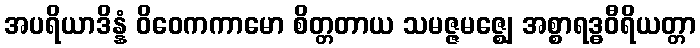
အပရိယာဒိန္နံ ဝိဝေကကာမော စိတ္တတာယ သမဇ္ဇမဇ္ဈေ အစ္စာရဒ္ဓဝီရိယတ္တာ